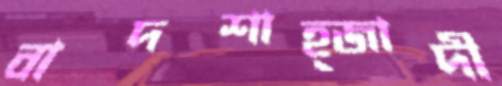
বাদশাহ্‌জাদী